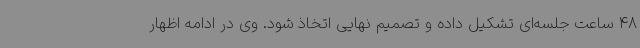
48 ساعت جلسه‌ای تشکیل داده و تصمیم نهایی اتخاذ شود. وی در ادامه اظهار